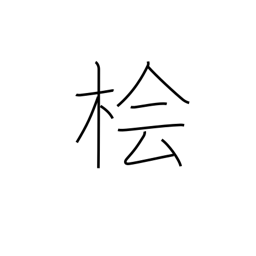
Meaning: Japanese cypress